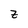
Character: z